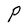
Character: P